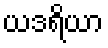
ယဒရိယာ